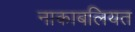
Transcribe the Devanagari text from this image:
नाकाबलियत